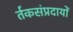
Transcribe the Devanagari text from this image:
र्तकसंप्रदायों